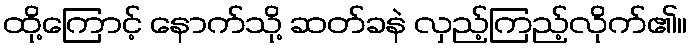
ထို့ကြောင့် နောက်သို့ ဆတ်ခနဲ လှည့်ကြည့်လိုက်၏။